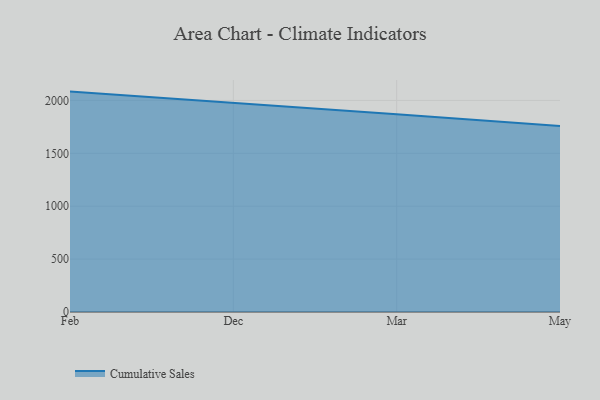
{"axis": {"x": "Month", "y": "Churn Rate (%)"}, "legend": ["Cumulative Sales"], "data": [{"x": "Feb", "y": 2083.5, "type": "Cumulative Sales"}, {"x": "Dec", "y": 1978.9, "type": "Cumulative Sales"}, {"x": "Mar", "y": 1868.5, "type": "Cumulative Sales"}, {"x": "May", "y": 1758.3, "type": "Cumulative Sales"}]}